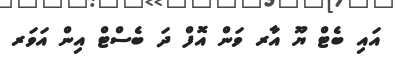
އައި ބެޓް ޔޫ އާރ ވަން އޮފް ދަ ބެސްޓް އިން އަވަރ